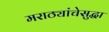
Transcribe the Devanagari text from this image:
मराठ्यांचेसुद्धा